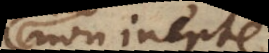
non inepte